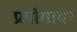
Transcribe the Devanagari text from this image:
प्रयोगावर